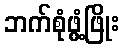
ဘက်စုံဖွံ့ဖြိုး